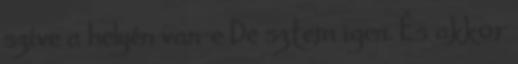
szíve a helyén van-e De sztem igen. És akkor